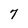
Character: 7